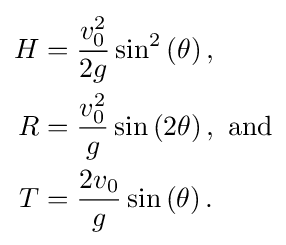
{\begin{aligned}H&={\frac {v_{0}^{2}}{2g}}\sin ^{2}\left(\theta \right),\\R&={\frac {v_{0}^{2}}{g}}\sin \left(2\theta \right),~{\text{and}}\\T&={\frac {2v_{0}}{g}}\sin \left(\theta \right).\end{aligned}}